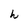
Character: h